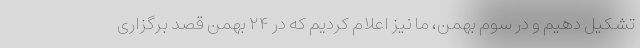
تشکیل دهیم و در سوم بهمن، ما نیز اعلام کردیم که در ۲۴ بهمن قصد برگزاری